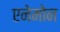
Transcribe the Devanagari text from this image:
एनेमोन